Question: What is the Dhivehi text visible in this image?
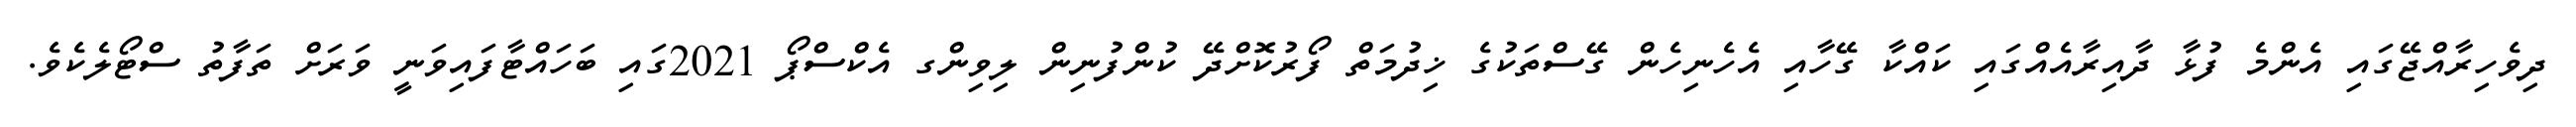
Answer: ދިވެހިރާއްޖޭގައި އެންމެ ފުޅާ ދާއިރާއެއްގައި ކައްކާ ގޭހާއި އެހެނިހެން ގޭސްތަކުގެ ޚިދުމަތް ފޯރުކޮށްދޭ ކުންފުނިން ލިވިންގ އެކްސްޕޯ 2021ގައި ބަހައްޓާފައިވަނީ ވަރަށް ތަފާތު ސްޓޯލެކެވެ.